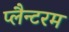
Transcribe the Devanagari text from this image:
प्लैन्टरम